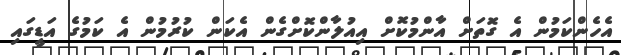
އެހެންކަމުން އެ ގޮތަށް އާންމުކޮށް އިއުލާންކޮށްގެން އެކަން ކުރުމުން އެ ކަމުގެ އަޑީގައި